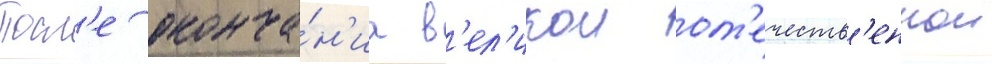
Посл'е оконча́н'иа в'ел'икои от'ечеств'еннои